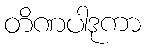
တိဏပါဒုကာ